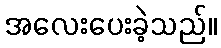
အလေးပေးခဲ့သည်။